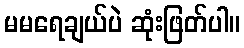
မမရေချယ်ပဲ ဆုံးဖြတ်ပါ။